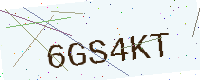
Text: 6GS4KT